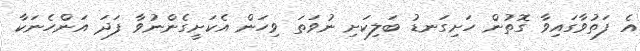
އެ ފަތުވާގައިވާ ގޮތުން ހަށިގަނޑު ބަލިކަށި ނުވަތަ ވިހަން އެކަށީގެންނުވާ ފަދަ އަންހެނަކާ